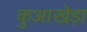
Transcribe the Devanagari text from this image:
कुआखेड़ा